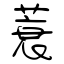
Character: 蓑